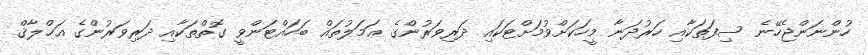
ހުންނަންޖެހޭނެ ސިފަތަކާއި ހަރުދަނާ މީހަކަށްވުމަށްޓަކައި ދަރިވަރުންގެ ޢަމަލުތައް ބަހައްޓަންވީ ގޮތްތަކާއި ދަރިވަރުންގެ އަޚްލާޤް